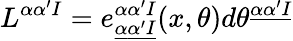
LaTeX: L^{\alpha\alpha^{\prime}I}=e_{\underline{{\alpha}}\underline{{{\alpha^{\prime}}}}\underline{{I}}}^{\alpha\alpha^{\prime}I}(x,\theta)d\theta^{\underline{{\alpha}}\underline{{{\alpha^{\prime}}}}\underline{{I}}}